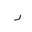
Letter: _ra